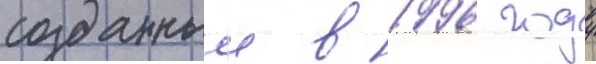
созданныи в 1996 году